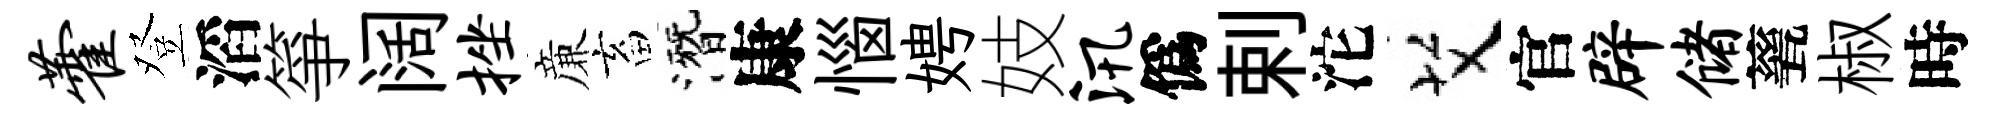
藿登滔箏阔挫亷畜潛康惱娉妓汛僞剌沱艾官辟储甆椒時